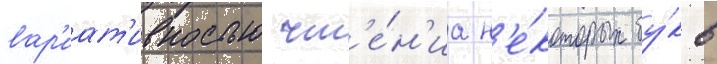
вар'иат'ивностью чт'е́н'иа н'е́которых бу́кв